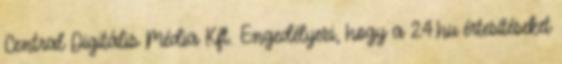
Central Digitális Média Kft. Engedélyezi, hogy a 24.hu értesítéseket